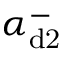
\alpha _ { \mathrm { d 2 } } ^ { - }